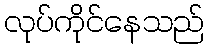
လုပ်ကိုင်နေသည်